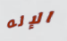
الإله